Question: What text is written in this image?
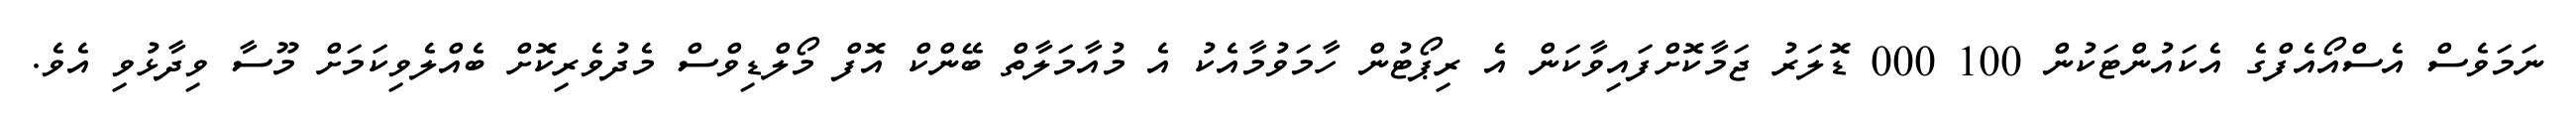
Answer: ނަމަވެސް އެސްއޯއެފްގެ އެކައުންޓަކުން 100 000 ޑޮލަރު ޖަމާކޮށްފައިވާކަން އެ ރިޕޯޓުން ހާމަވުމާއެކު އެ މުއާމަލާތް ބޭންކް އޮފް މޯލްޑިވްސް މެދުވެރިކޮށް ބެއްލެވިކަމަށް މޫސާ ވިދާޅުވި އެވެ.